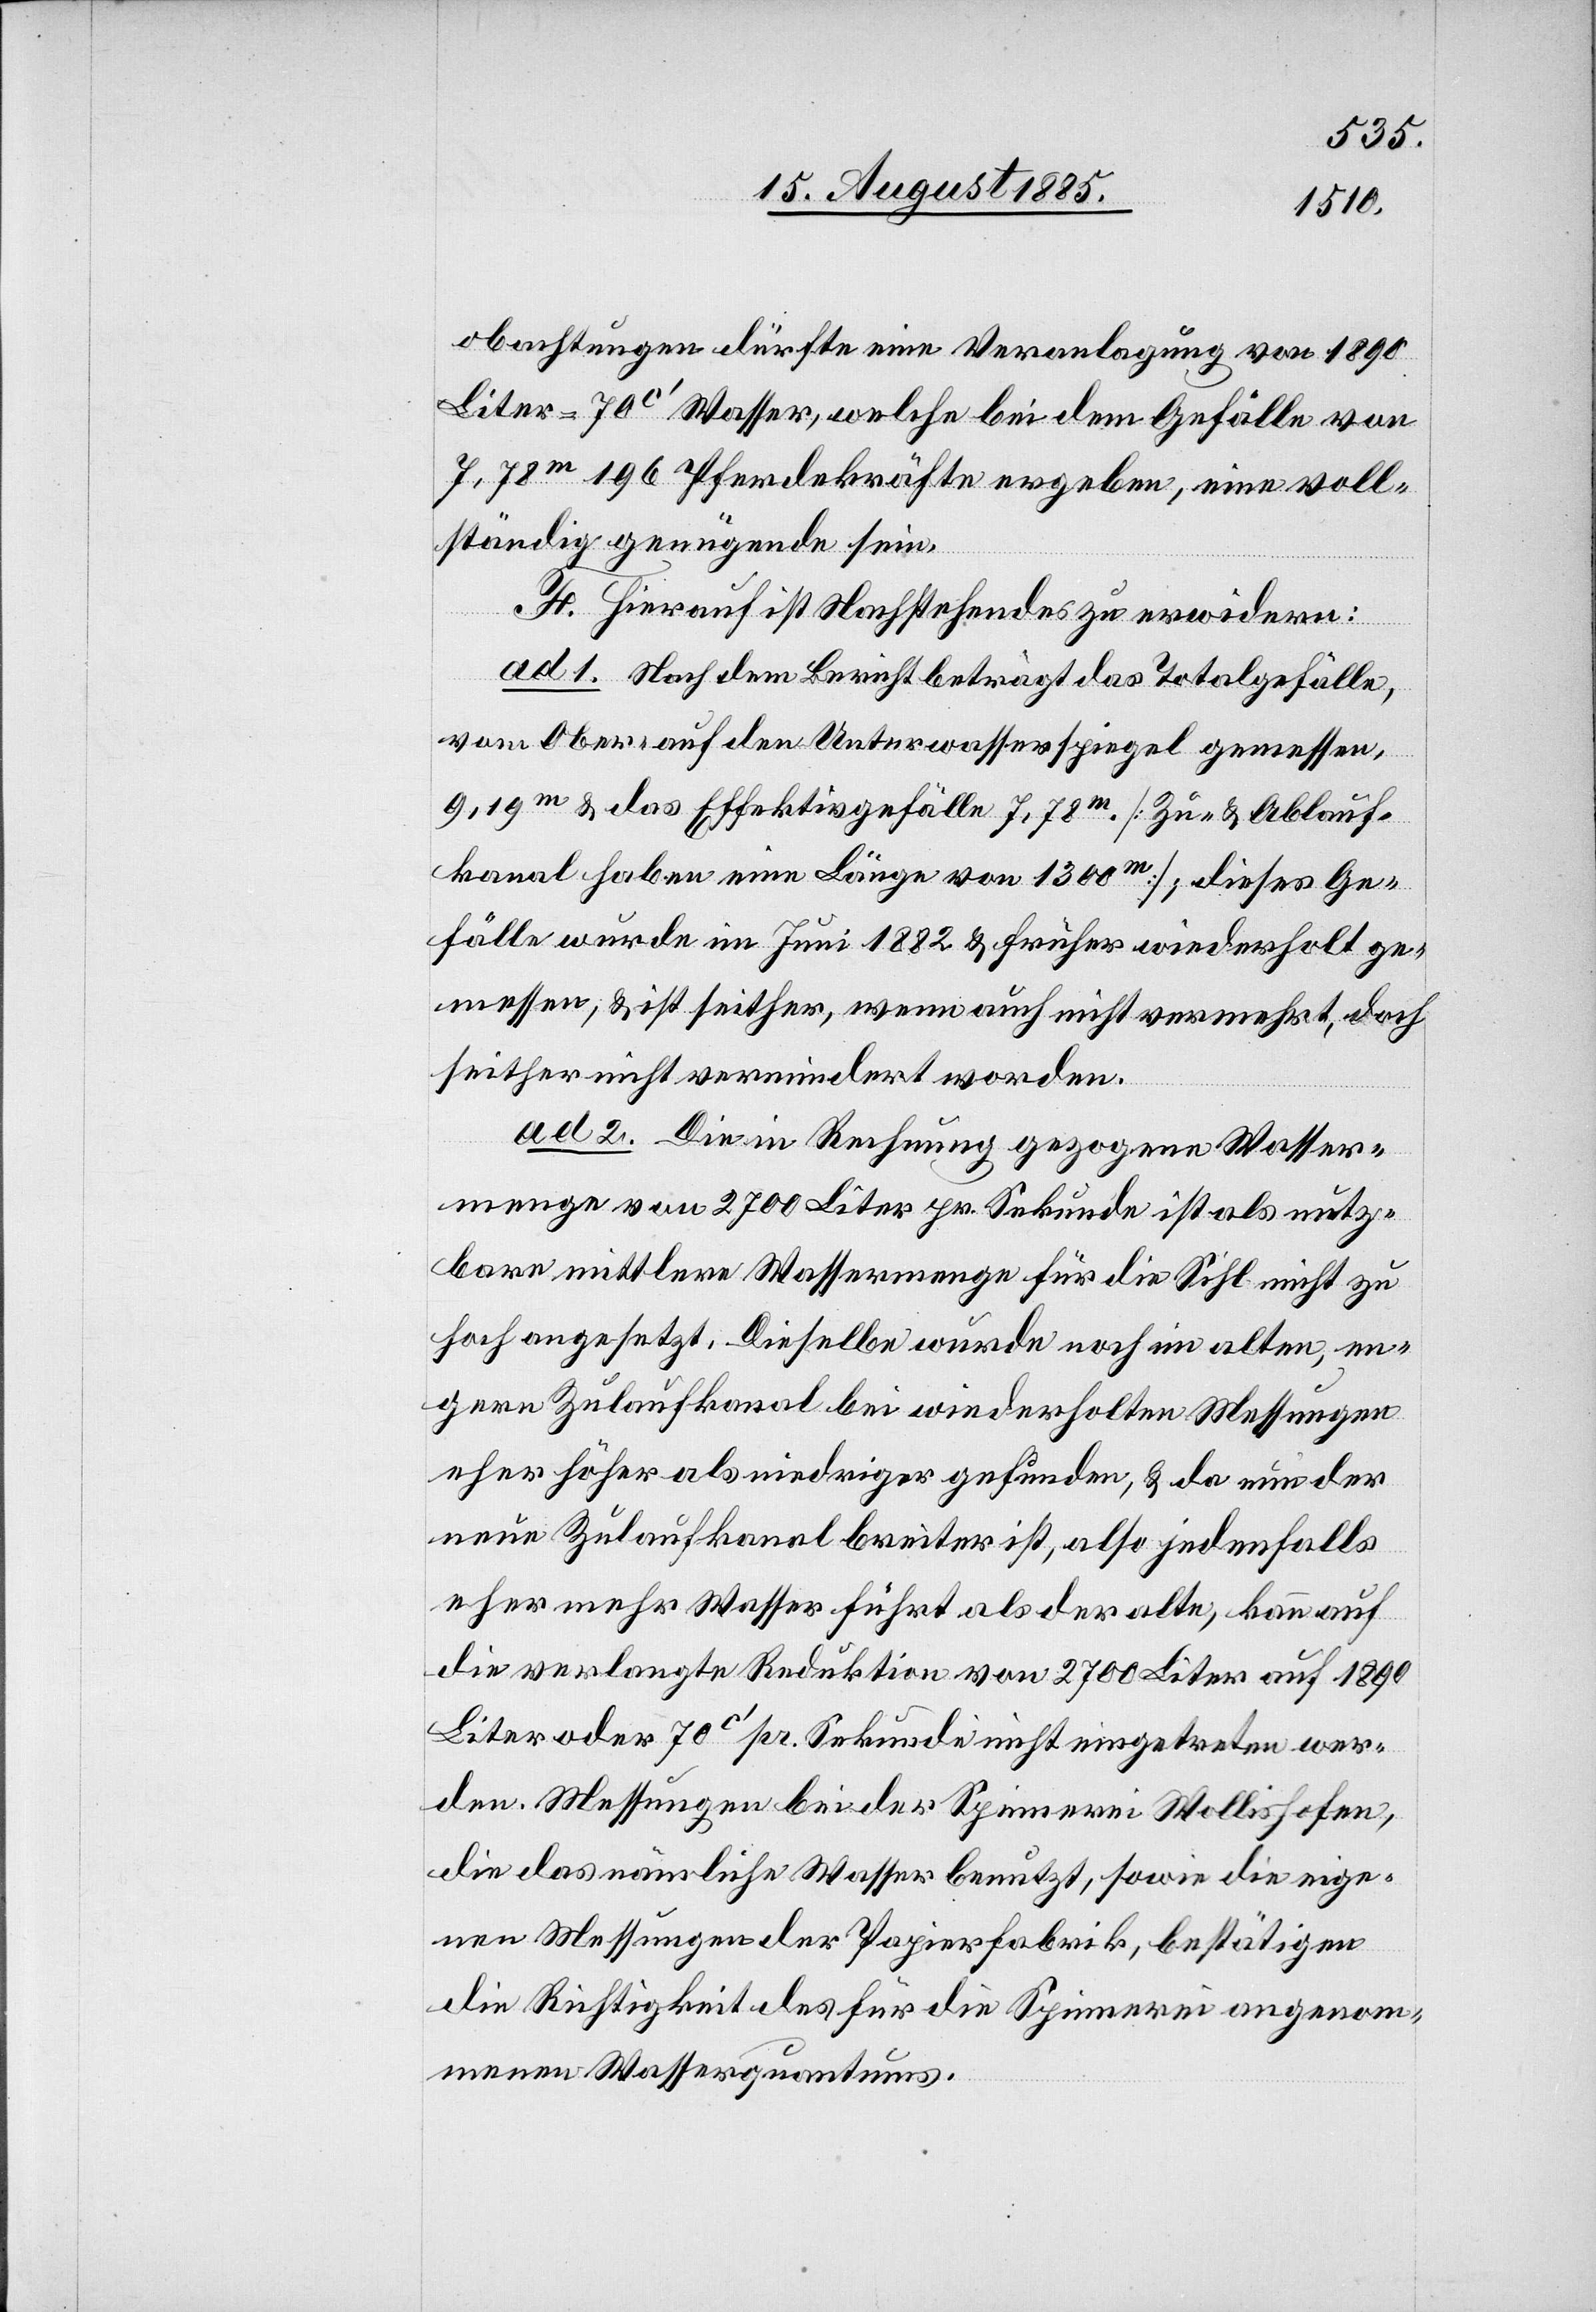
obachtungen dürfte eine Veranlagung von 1890
Liter = 70c‘ Wasser, welche bei dem Gefälle von
7,78m 196 Pferdekräfte ergeben, eine voll¬
ständig genügende sein.
F. Hierauf ist Nachstehendes zu erwidern:
ad 1. Nach dem Bericht beträgt das Totalgefälle
vom Ober- auf den Unterwasserspiegel gemessen,
9,19m & das Effektivgefälle 7,78m. [Zu- & Ablauf¬
kanal haben eine Länge von 1300m]; dieses Ge¬
fälle wurde im Juni 1882 & früher wiederholt ge¬
messen, & ist seither, wenn auch nicht vermehrt, doch
seither nicht vermindert worden.
ad 2. Die in Rechnung gezogene Wasser¬
menge von 2700 Liter pr. Sekunde ist als nutz¬
bare mittlere Wassermenge für die Sihl nicht zu
hoch angesetzt. Dieselbe wurde noch im alten, en¬
gern Zulaufkanal bei wiederholten Messungen
eher höher als niedriger gefunden, & da nun der
neue Zulaufkanal breiter ist, also jedenfalls
eher mehr Wasser führt als der alte, kann auf
die verlange Reduktion von 2700 Liter auf 1890
Liter oder 70c‘ pr. Sekunde nicht eingetreten wer¬
den. Messungen bei der Spinnerei Wollishofen,
die das nämliche Wasser benutzt, sowie die eige¬
nen Messungen der Papierfabrik, bestätigen
die Richtigkeit des für die Spinnerei angenom¬
menen Wasserquantums.